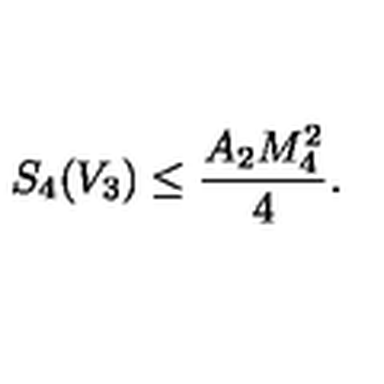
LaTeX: S _ { 4 } ( V _ { 3 } ) \leq \frac { A _ { 2 } M _ { 4 } ^ { 2 } } { 4 } .